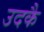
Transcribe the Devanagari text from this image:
उदकै